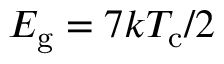
E _ { \mathrm { g } } = 7 k T _ { \mathrm { c } } / 2